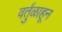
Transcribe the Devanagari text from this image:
वर्तुळाहून